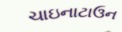
ચાઇનાટાઉન